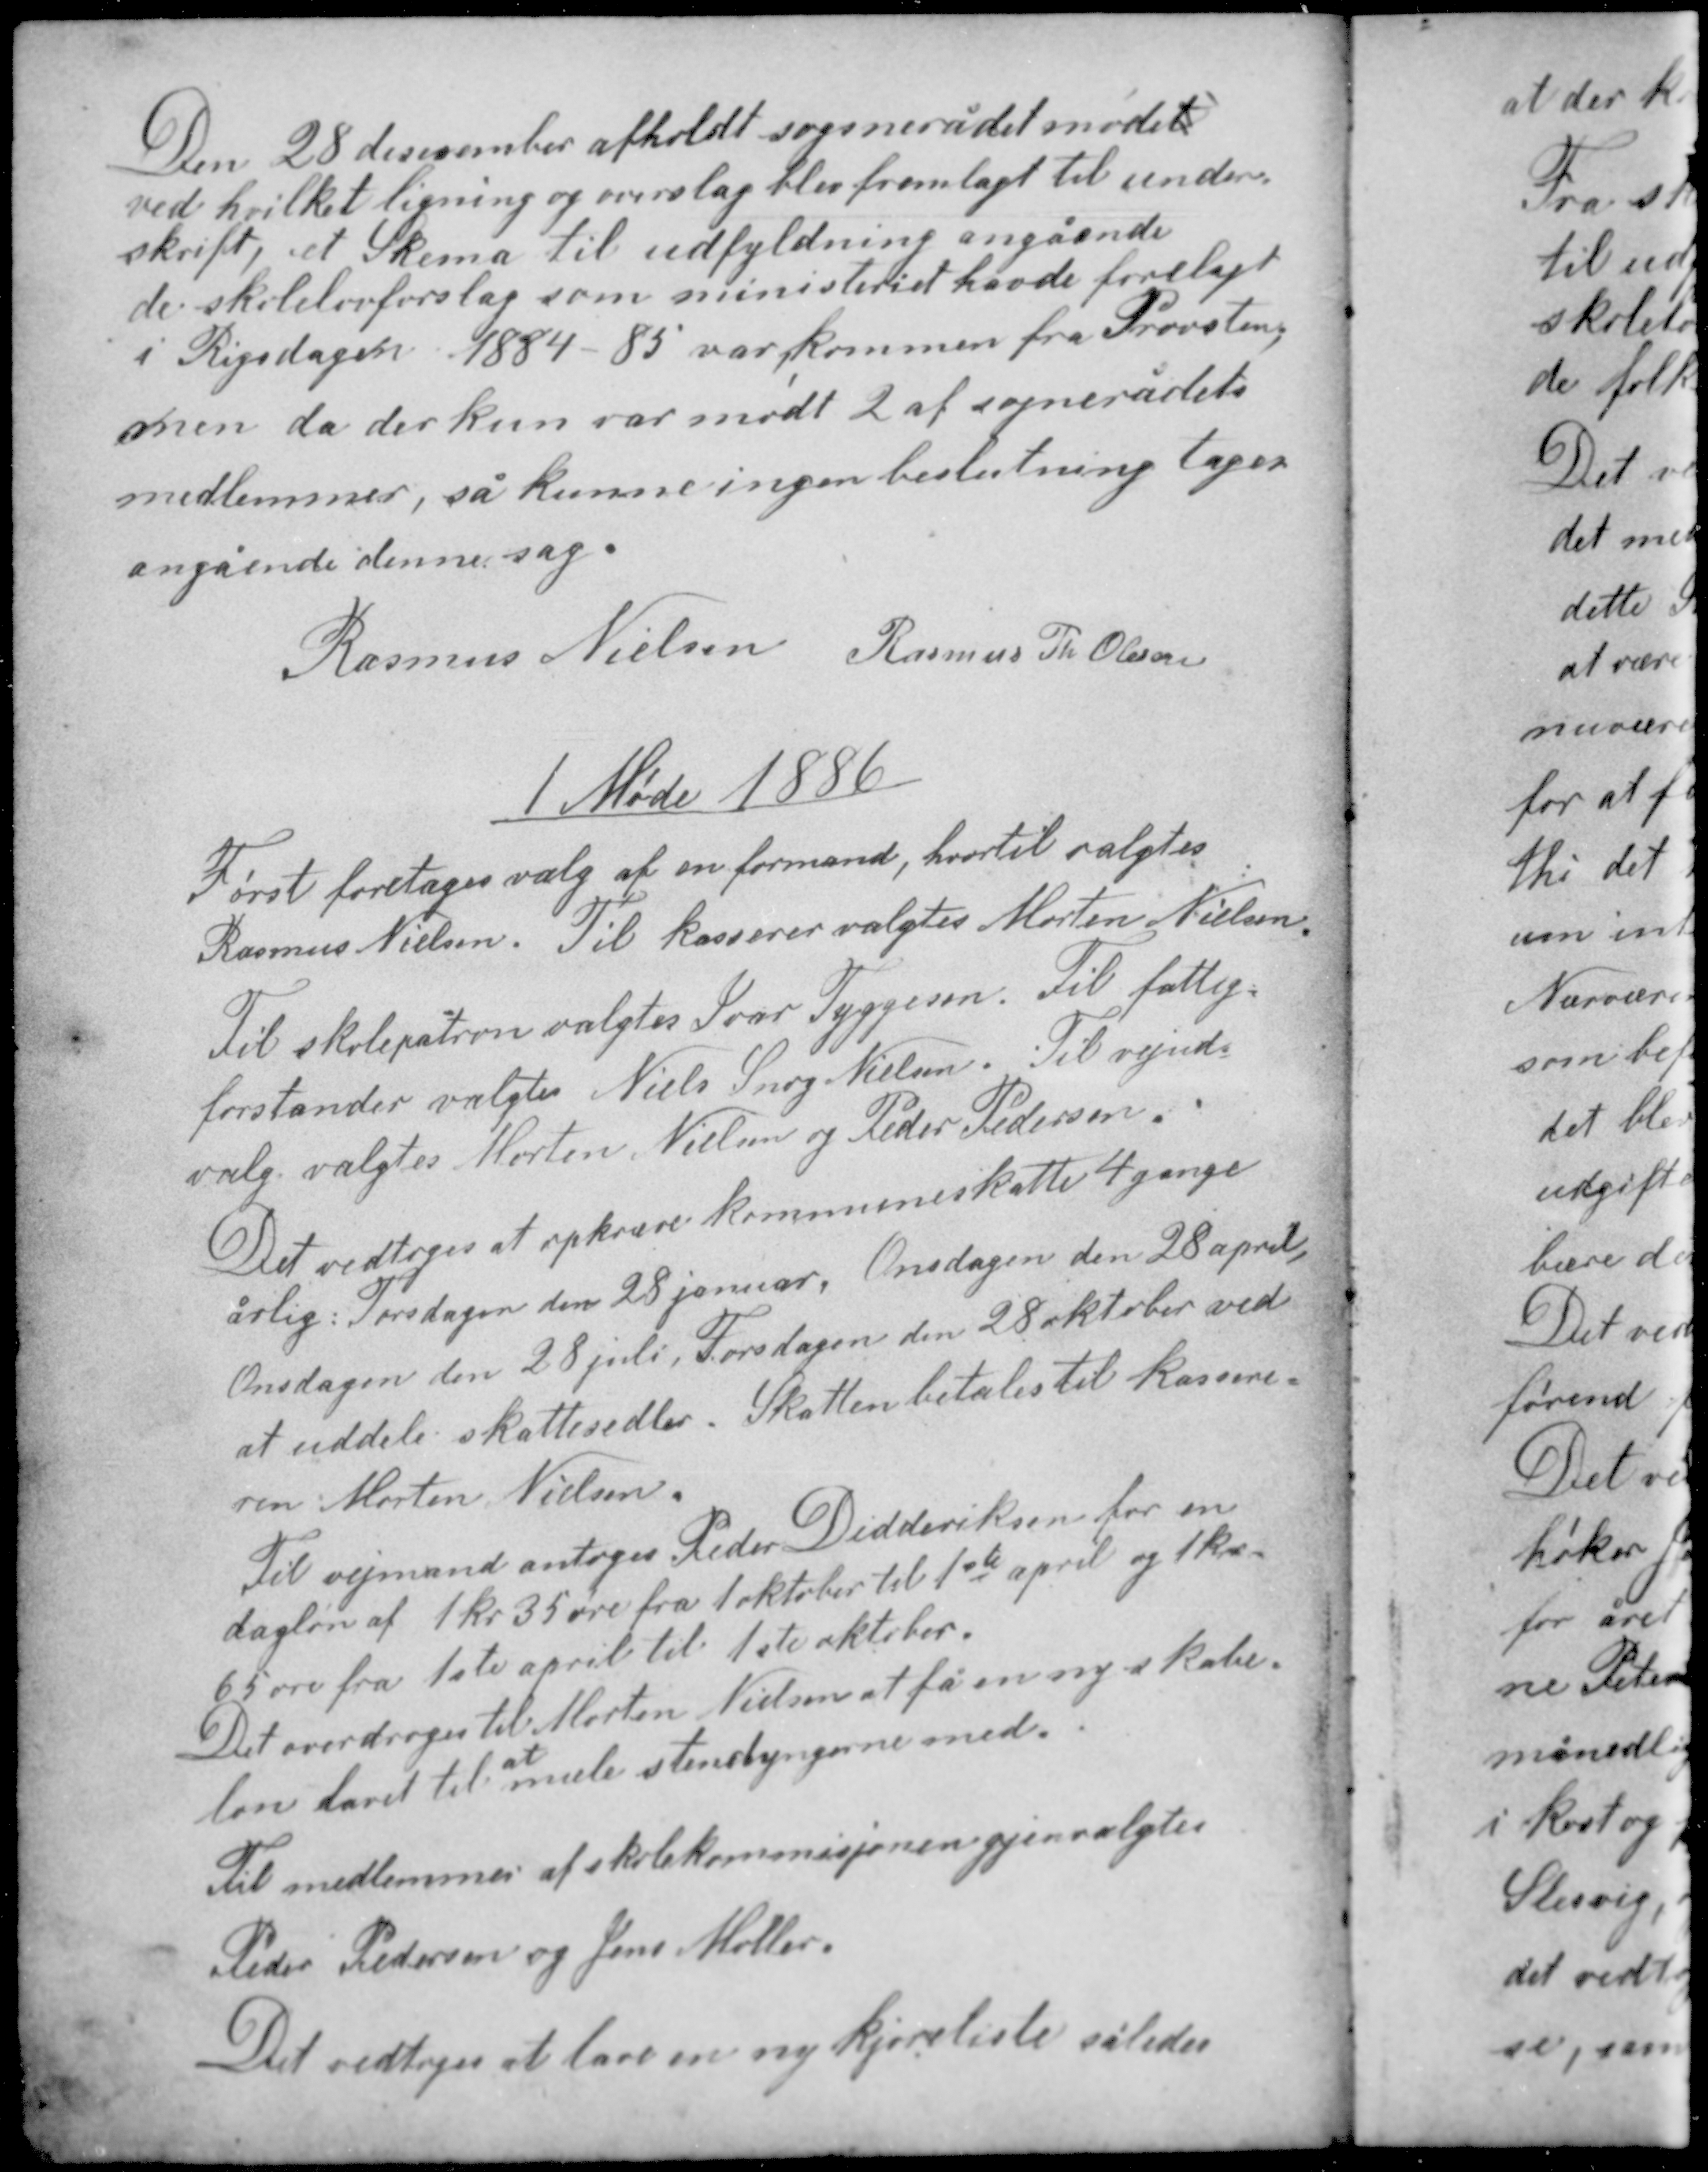
Transskription:
Den 28 december afholdt sognerådet mødet
ved hvilket ligning og overslag blev fremlagt til under-
skrift, et Skema til udfyldning angående
de skolelovforslag som ministeriet havde forelagt
i Rigsdagen 1884-85 var kommen fra Provsten,
men da der kun var mødt 2 af sognerådets
medlemmer, så kunne ingen beslutning tages
angående denne sag.

Rasmus Nielsen Rasmus Th Olesen

1 Møde 1886

Først foretoges valg af en formand, hvortil valgtes
Rasmus Nielsen. Til kasserer valgtes Morten Nielsen.
Til skolepatron valgtes Ivar Tyggesen. Til fattig-
forstander valgtes Niels Snog Nielsen. Til vejud-
valg valgtes Morten Nielsen og Peder Pedersen.

Det vedtoges at opkræve kommuneskatter 4 gange
årlig: Torsdagen den 28 januar, Onsdagen den 28 april,
Onsdagen den 28 juli, Torsdagen den 28 oktober ved
at uddele skattesedler. Skatten betales til kassere-
ren Morten Nielsen.

Til vejmand antoges Peder Didderiksen for en
dagløn af 1 kr 35 øre fra 1 oktober til 1ste april og 1 kr
65 øre fra 1ste april til 1ste oktober.
Det overdroges til Morten Nielsen at få en ny skabe-
at
lon lavet til male stendyngerne med.

Til medlemmer af skolekommisjonen gjenvalgtes
Peder Pedersen og Jens Møller.
Det vedtoges at lave en ny kjøreliste således